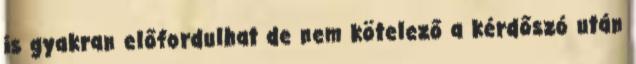
is gyakran előfordulhat de nem kötelező a kérdőszó után